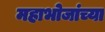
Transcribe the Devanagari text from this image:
महाभोजांच्या